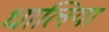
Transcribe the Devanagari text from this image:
धालिया